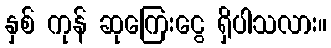
နှစ် ကုန် ဆုကြေးငွေ ရှိပါသလား။